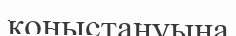
қоныстануына